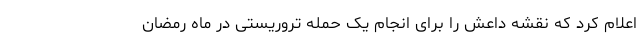
اعلام کرد که نقشه داعش را برای انجام یک حمله تروریستی در ماه رمضان